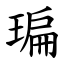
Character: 㻞